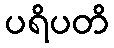
ပရိပတိ